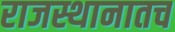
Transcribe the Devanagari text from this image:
राजस्थानातच